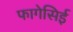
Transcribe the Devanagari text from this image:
फागेसिई